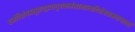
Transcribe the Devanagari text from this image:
धर्मविशेषप्रसूताद्द्रव्यगुणकर्मसामान्यविशेषसमवायानां